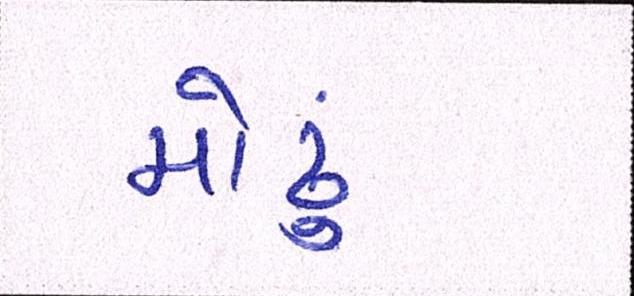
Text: મોઢું